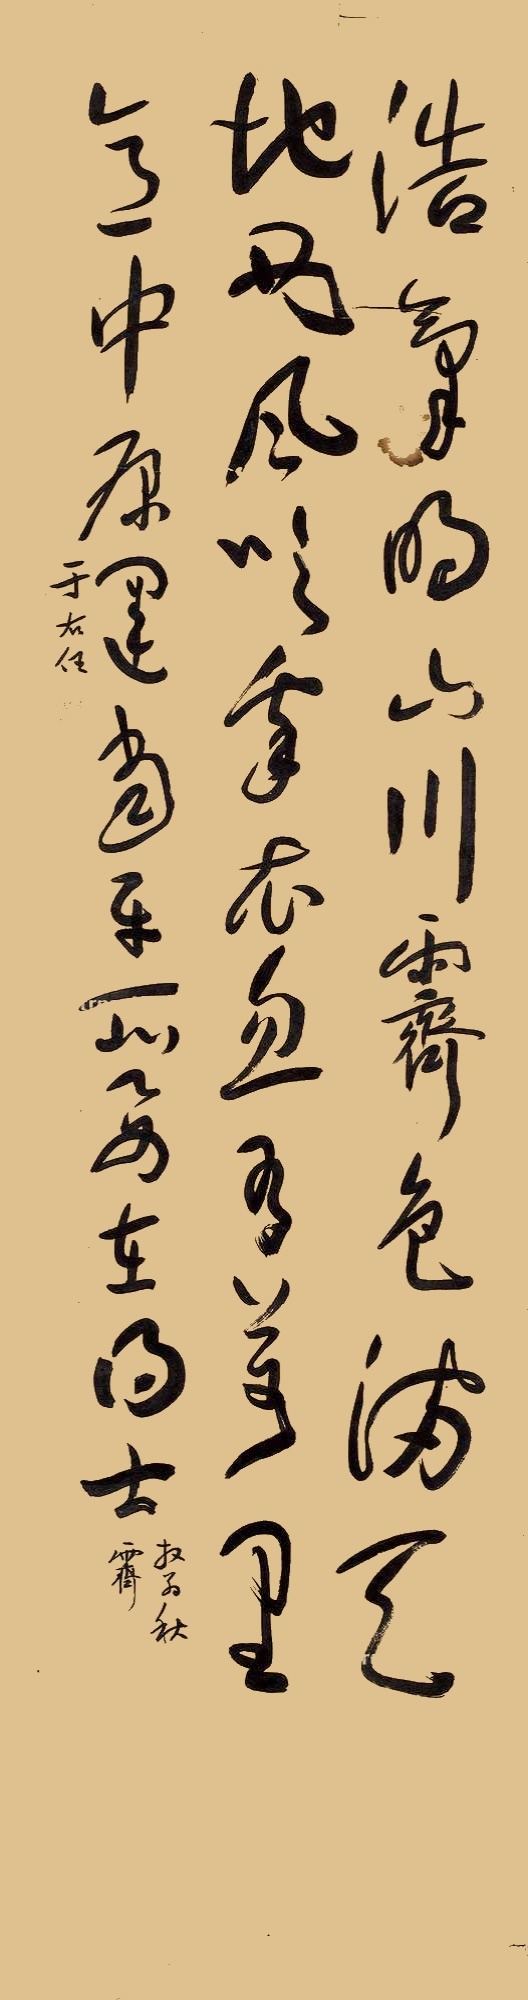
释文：浩气明山川 霁色满天地 西风吹我衣 忽有万里意 中原运当平 所要在得士于右任